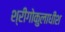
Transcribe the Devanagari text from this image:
श्रीगोकुलाधीश